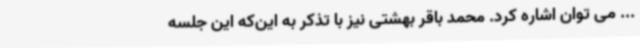
... می توان اشاره کرد. محمد باقر بهشتی نیز با تذکر به این‌که این جلسه